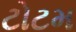
ટોટમ